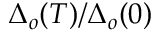
\Delta _ { o } ( T ) / \Delta _ { o } ( 0 )